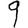
Digit: 9